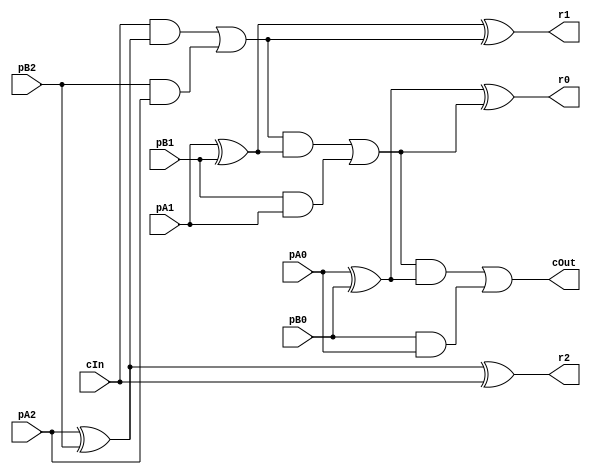
module CRippleCarryAdder_3_3_3_InOutT(pA2,pA1,pA0, pB2,pB1,pB0, r2,r1,r0, cIn, cOut);

input pA2,pA1,pA0, pB2,pB1,pB0, cIn;
output r2,r1,r0, cOut;
wire w1, w2, w3, w4, w5, w6, w7, w8, w9, w10, w11, w12, w13, w14, w15, w16, w17, w18, w19, w20, w21, w22, w23;

assign w1 = pA2;
assign w2 = pA1;
assign w3 = pA0;
assign w4 = pB2;
assign w5 = pB1;
assign w6 = pB0;
assign r2 = w7;
assign r1 = w8;
assign r0 = w9;
assign w11 = cIn;
assign cOut = w10;

assign w14 = w1 ^ w4;
assign w7 = w14 ^ w11;
assign w15 = w11 & w14;
assign w16 = w4 & w1;
assign w13 = w15 | w16;
assign w18 = w2 ^ w5;
assign w8 = w18 ^ w13;
assign w19 = w13 & w18;
assign w20 = w5 & w2;
assign w17 = w19 | w20;
assign w21 = w3 ^ w6;
assign w9 = w21 ^ w17;
assign w22 = w17 & w21;
assign w23 = w6 & w3;
assign w10 = w22 | w23;

endmodule